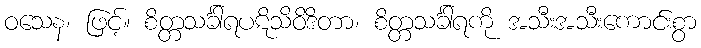
ဝသေန၊ ဖြင့်။ စိတ္တသင်္ခါရပဋိသိဝိဒိတာ၊ စိတ္တသင်္ခါရကို အသီးအသီးကောင်းစွာ